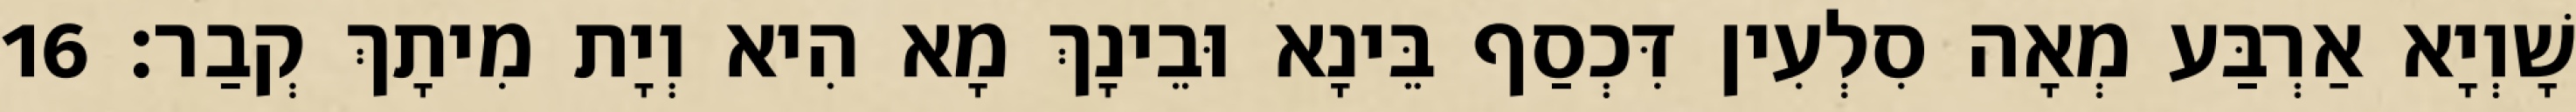
שָׁוְיָא אַרְבַּע מְאָה סִלְעִין דִּכְסַף בֵּינָא וּבֵינָךְ מָא הִיא וְיָת מִיתָךְ קְבַר׃ 16